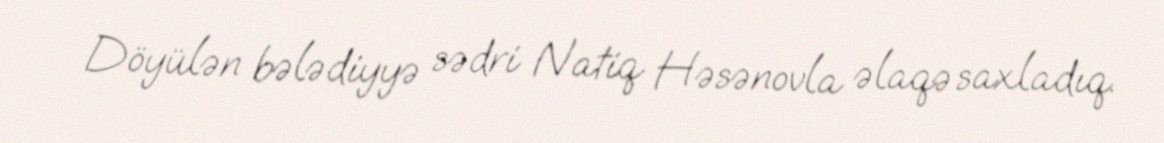
Döyülən bələdiyyə sədri Natiq Həsənovla əlaqə saxladıq.